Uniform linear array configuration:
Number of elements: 64
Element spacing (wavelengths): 1
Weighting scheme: kaiser
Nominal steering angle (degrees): -30
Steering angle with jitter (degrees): -28.123
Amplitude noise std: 0.05
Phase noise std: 0.05

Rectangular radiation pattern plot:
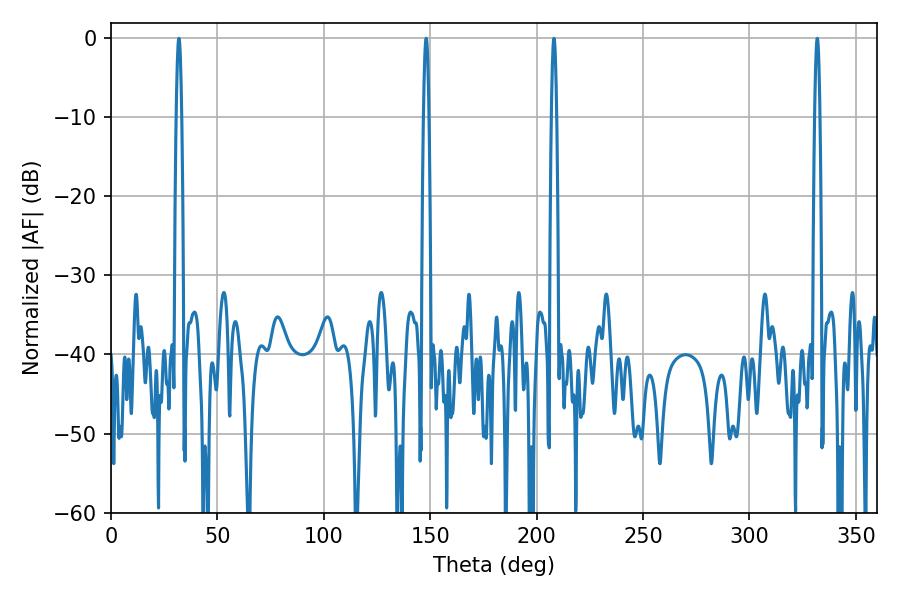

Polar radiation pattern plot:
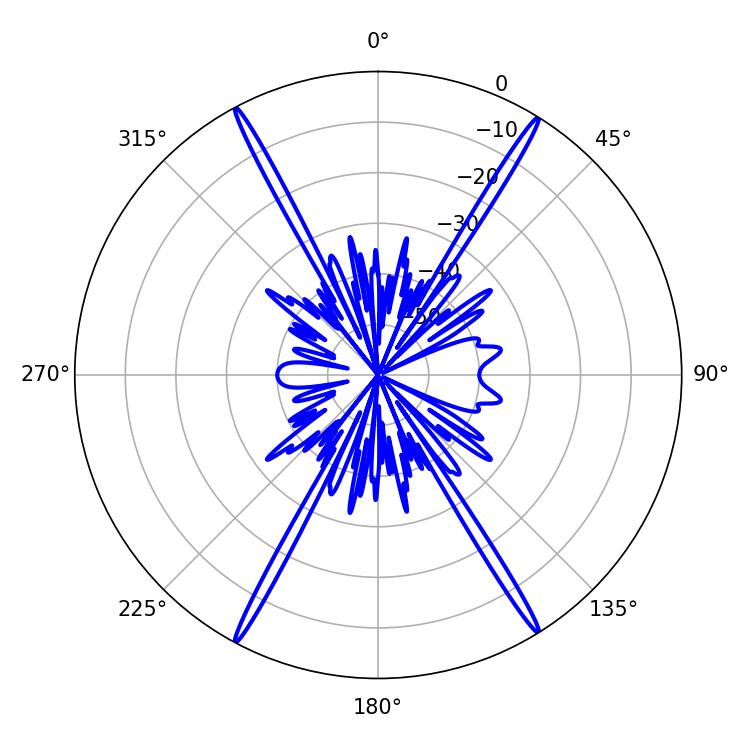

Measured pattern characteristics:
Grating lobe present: TRUE
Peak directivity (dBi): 26.764
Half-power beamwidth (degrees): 1.26
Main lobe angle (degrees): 148.14